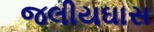
જલીયઘાસ